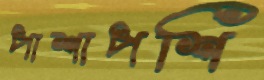
পাশাপশি